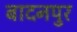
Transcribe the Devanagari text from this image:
बादनपुर